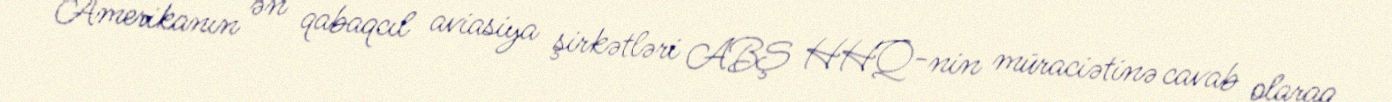
Amerikanın ən qabaqcıl aviasiya şirkətləri ABŞ HHQ-nin müraciətinə cavab olaraq